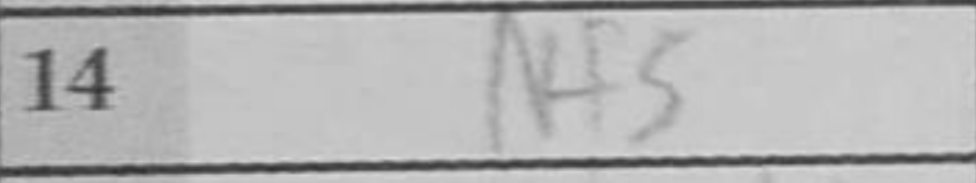
Transcription: Nf5